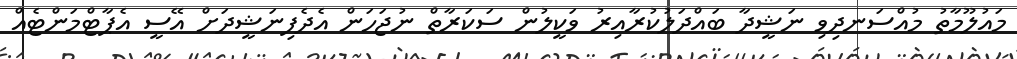
މައުލޫމާތު މުއްސަނދިވި ނަޝީދާ ބައްދަލުކުރާއިރު ވަކީލުން ސަކަރާތް ނުޖަހަން އެދެފިނަޝީދަށް އޭސީ އެޕާޓްމަންޓެއް